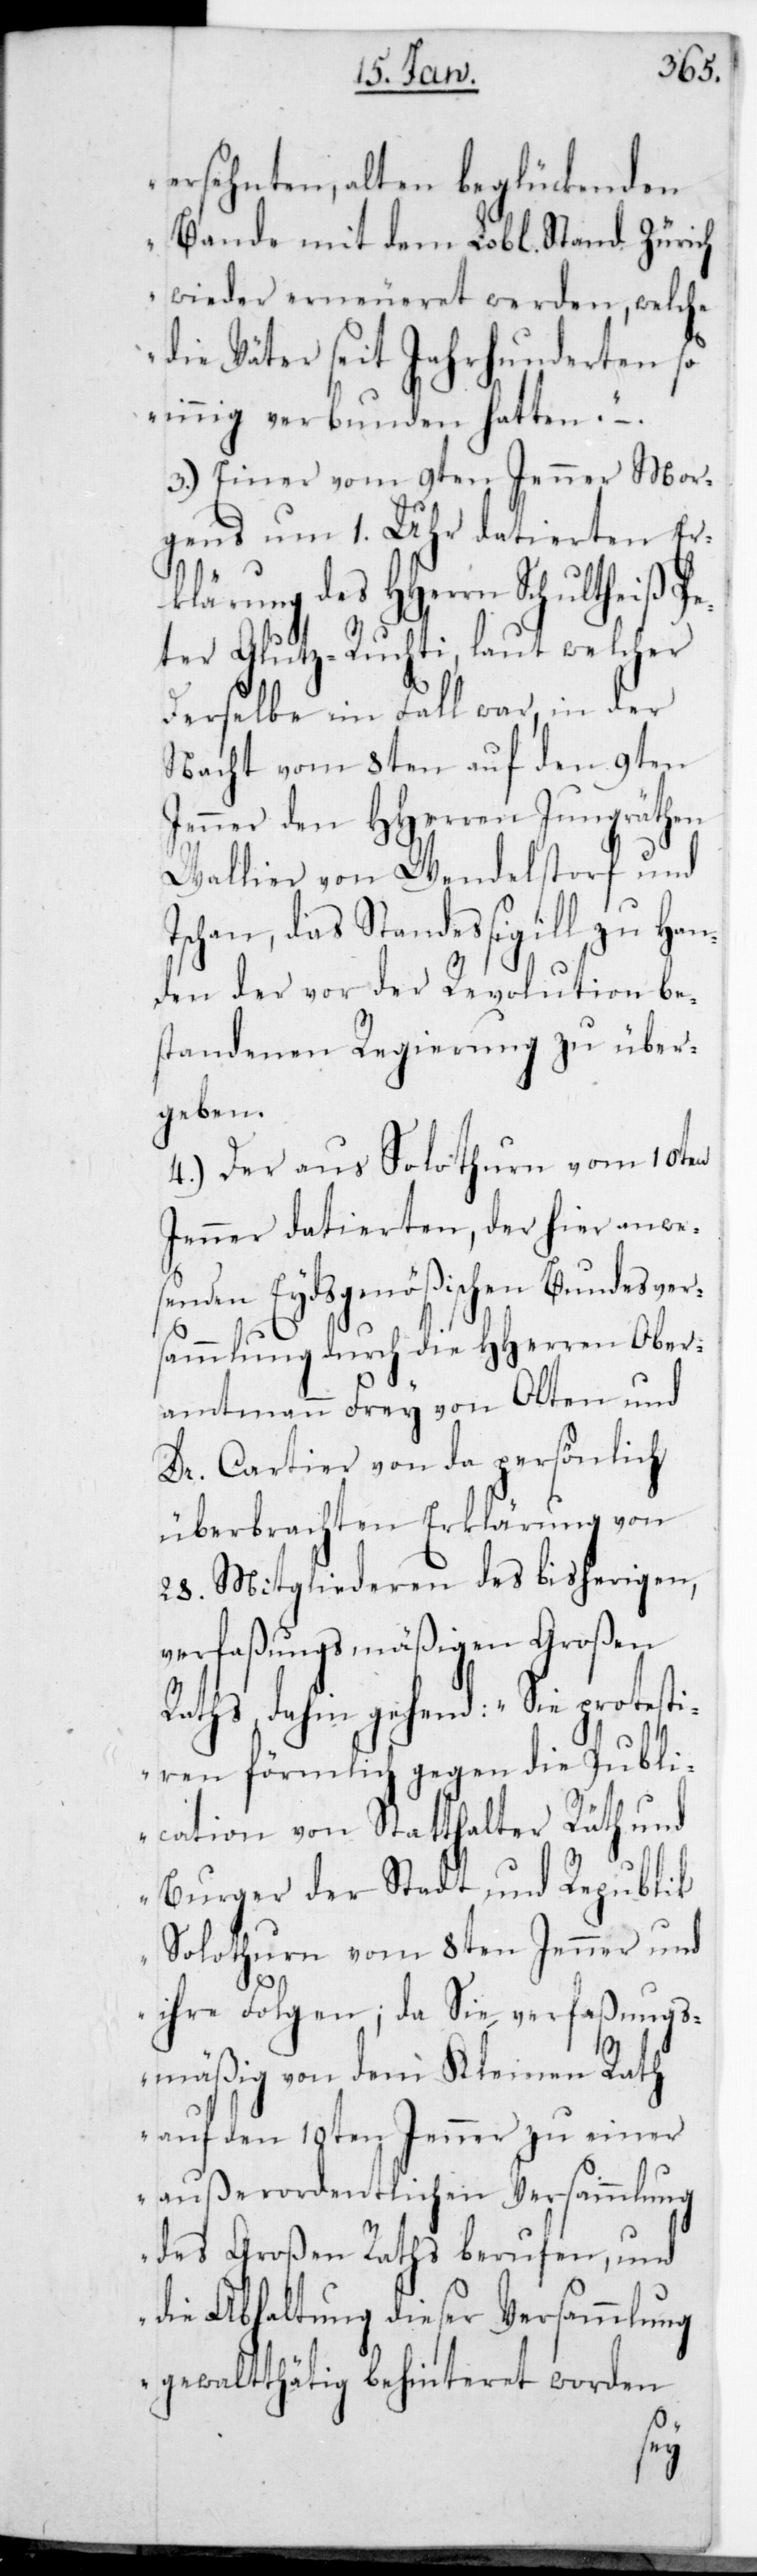
ersehnte, alten beglückenden
Bande mit dem L. Stand Zürich
wieder erneueret werden, welche
die Väter seit Jahrhunderten so
innig verbunden hatten“.
3.) Einer vom 9ten Jenner Mor¬
gens um 1 Uhr datierten Er¬
klärung des HHerrn Schultheiß Pe¬
ter Glutz-Ruchti, laut welcher
derselbe im Fall war, in der
Nacht vom 8ten auf den 9ten
Jenner den HHerren Jungräthen
Wallier von Wendelstorf und
Tschan, das Standesigill zu Han¬
den der vor der Revolution be¬
standenen Regierung zu über¬
geben.
4.) Der aus Solothurn vom 10ten
Jenner datierten, der hier anwe¬
senden Eydsgenößischen Bundesvers¬
ammlung durch die HHerren Ober¬
amtmann Frey von Olten und
Dr. Cartier von da persönlich
überbrachten Erklärung von
28. Mitgliederen des bisherigen,
verfaßungsmäßigen Großen
Raths, dahin gehend: „Sie protesti¬
eren förmlich gegen die Publi¬
cation von Statthalter, Rät und
Burger der Stadt und Republik
Solothurn vom 8ten Jenner und
ihre Folgen, da Sie verfaßungs¬
mäßig von dem Kleinen Rath
auf den 10ten Jenner zu einer
außerordentlichen Versammlung
des Großen Raths berufen, und
die Abhaltung dieser Versammlung
gewalttätig behinteret worden